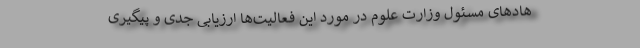
هادهای مسئول وزارت علوم در مورد این فعالیت‌ها ارزیابی جدی و پیگیری